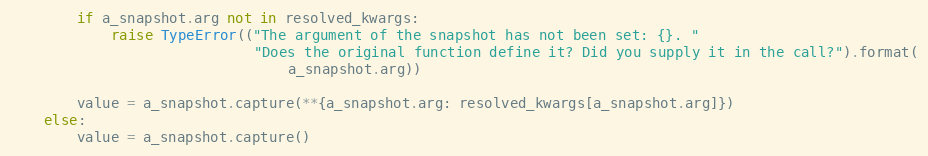
Language: Python
        if a_snapshot.arg not in resolved_kwargs:
            raise TypeError(("The argument of the snapshot has not been set: {}. "
                             "Does the original function define it? Did you supply it in the call?").format(
                                 a_snapshot.arg))

        value = a_snapshot.capture(**{a_snapshot.arg: resolved_kwargs[a_snapshot.arg]})
    else:
        value = a_snapshot.capture()